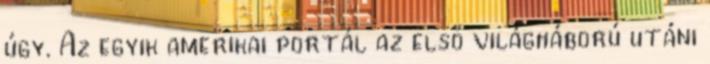
úgy. Az egyik amerikai portál az első világháború utáni